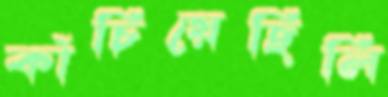
কাঁচিয়েছিলি